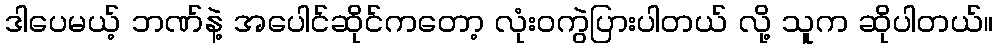
ဒါပေမယ့် ဘဏ်နဲ့ အပေါင်ဆိုင်ကတော့ လုံးဝကွဲပြားပါတယ် လို့ သူက ဆိုပါတယ်။